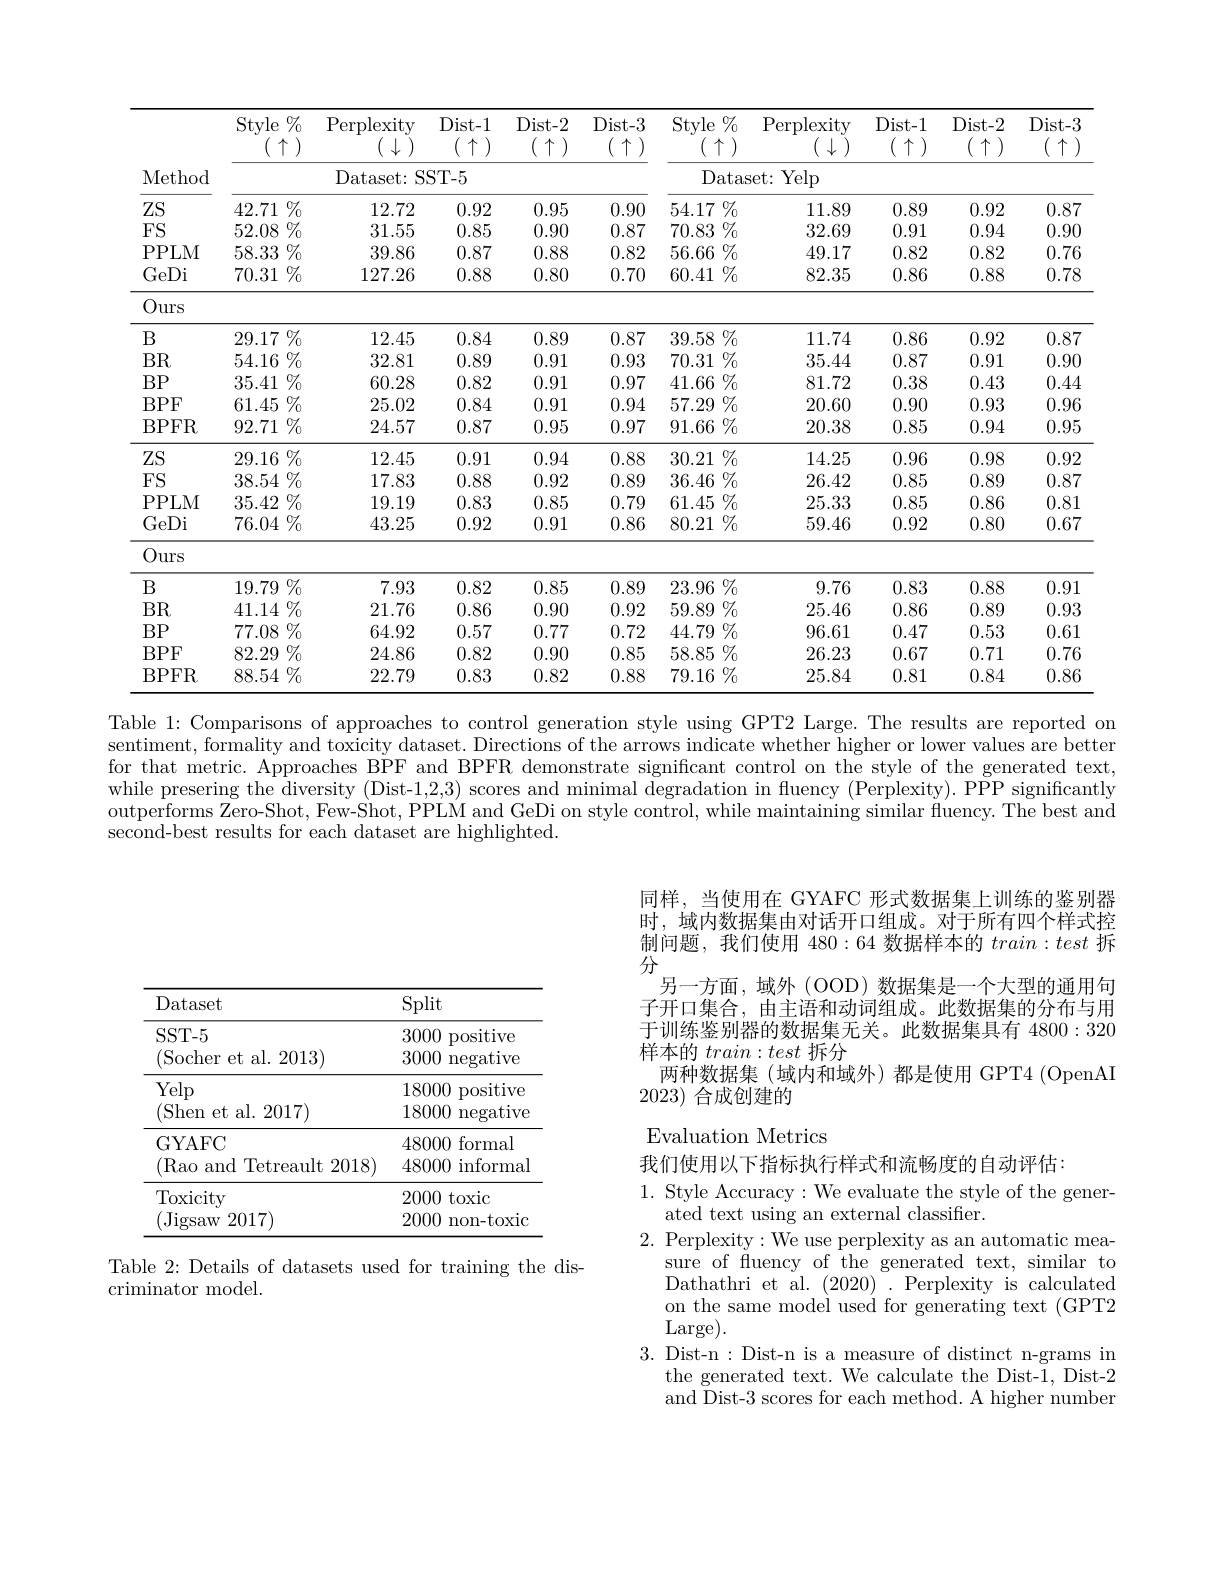
<table>
	<tbody>
		<tr>
			<th rowspan="2">Method</th>
			<th>Style $\%$ $\left(\begin{array}{c}\uparrow\\\uparrow\end{array}\right)$</th>
			<th>$\operatorname{Perplexity}$ $(\downarrow\downarrow$</th>
			<th>$Dist-1$ $(\begin{array}{c}\uparrow\end{array})$</th>
			<th>$Dist-2$ $(\begin{array}{c}\uparrow\\\end{array})$</th>
			<th>$Dist-3$ $(\begin{array}{c}\uparrow\\\end{array})$ </th>
			<th>$\operatorname{Style}\%$ $(\begin{array}{c}\uparrow\end{array})$</th>
			<th>$\operatorname{Perplexity}$ $\left(\begin{array}{c}{1}{\downarrow}\end{array}\right)$</th>
			<th>$Dist-1$ $(\begin{array}{c}\uparrow\end{array})$</th>
			<th>$Dist-2$ $\left(\begin{array}{c}\uparrow&\uparrow\\\uparrow&\uparrow\end{array}\right)$ </th>
			<th>$Dist-3$ $\uparrow$</th>
		</tr>
		<tr>
			<th> </th>
			<th>Dataset: </th>
			<th>iST- 5</th>
			<th> </th>
			<th> </th>
			<th>Datase</th>
			<th>Yelp {:}t:</th>
			<th> </th>
			<th> </th>
			<th> </th>
		</tr>
		<tr>
			<td>$ZS$</td>
			<td>$42.71\%$</td>
			<td>12.72</td>
			<td>0.92</td>
			<td>0.95</td>
			<td>0.90</td>
			<td>$54.17\%$</td>
			<td>11.89</td>
			<td>0.89</td>
			<td>0.92</td>
			<td>0.87</td>
		</tr>
		<tr>
			<td>$FS$</td>
			<td>$52.08\%$</td>
			<td>31.55</td>
			<td>0.85</td>
			<td>0.90</td>
			<td>0.87</td>
			<td>$70.83\%$</td>
			<td>32.69</td>
			<td>0.91</td>
			<td>0.94</td>
			<td>0.90</td>
		</tr>
		<tr>
			<td>PPLM</td>
			<td>58.33 $\%$</td>
			<td>39.86</td>
			<td>0.87</td>
			<td>0.88</td>
			<td>0.82</td>
			<td>$56.66\%\%$</td>
			<td>49.17</td>
			<td>0.82</td>
			<td>0.82</td>
			<td>0.76</td>
		</tr>
		<tr>
			<td>GeDi</td>
			<td>$70.31\%$</td>
			<td>127.26</td>
			<td>0.88</td>
			<td>0.80</td>
			<td>0.70</td>
			<td>60.41 $\%_0$ </td>
			<td>82.35</td>
			<td>0.86</td>
			<td>0.88</td>
			<td>0.78</td>
		</tr>
		<tr>
			<td>Ours</td>
			<td> </td>
			<td> </td>
			<td> </td>
			<td> </td>
			<td> </td>
			<td> </td>
			<td> </td>
			<td> </td>
			<td> </td>
			<td> </td>
		</tr>
		<tr>
			<td>$B$</td>
			<td>$29.17\%$</td>
			<td>12.45</td>
			<td>0.84</td>
			<td>0.89</td>
			<td>0.87</td>
			<td>$39.58\%$</td>
			<td>11.74</td>
			<td>0.86</td>
			<td>0.92</td>
			<td>0.87</td>
		</tr>
		<tr>
			<td>$BR$</td>
			<td>$54.16\%$</td>
			<td>32.81</td>
			<td>0.89</td>
			<td>0.91</td>
			<td>0.93</td>
			<td>70.31 $\%_{0}$</td>
			<td>35.44</td>
			<td>0.87</td>
			<td>0.91</td>
			<td>0.90</td>
		</tr>
		<tr>
			<td>BP</td>
			<td>$35.41\%$</td>
			<td>60.28</td>
			<td>0.82</td>
			<td>0.91</td>
			<td>0.97</td>
			<td>$41.66\%\%$</td>
			<td>81.72</td>
			<td>0.38</td>
			<td>0.43</td>
			<td>0.44</td>
		</tr>
		<tr>
			<td>$BPF$</td>
			<td>$61.45\%$</td>
			<td>25.02</td>
			<td>0.84</td>
			<td>0.91</td>
			<td>0.94</td>
			<td>$57.29\%$</td>
			<td>20.60</td>
			<td>0.90</td>
			<td>0.93</td>
			<td>0.96</td>
		</tr>
		<tr>
			<td>BPFR</td>
			<td>$92.71\%$</td>
			<td>24.57</td>
			<td>0.87</td>
			<td>0.95</td>
			<td>0.97</td>
			<td>$91.66\%$ 1</td>
			<td>20.38</td>
			<td>0.85</td>
			<td>0.94</td>
			<td>0.95</td>
		</tr>
		<tr>
			<td>$ZS$</td>
			<td>$29.16\%$</td>
			<td>12.45</td>
			<td>0.91</td>
			<td>0.94</td>
			<td>0.88</td>
			<td>$\%$ 30.21</td>
			<td>14.25</td>
			<td>0.96</td>
			<td>0.98</td>
			<td>0.92</td>
		</tr>
		<tr>
			<td>$FS$</td>
			<td>$38.54\%$</td>
			<td>17.83</td>
			<td>0.88</td>
			<td>0.92</td>
			<td>0.89</td>
			<td>$36.46\%$</td>
			<td>26.42</td>
			<td>0.85</td>
			<td>0.89</td>
			<td>0.87</td>
		</tr>
		<tr>
			<td>PPLM</td>
			<td>$35.42\%$</td>
			<td>19.19</td>
			<td>0.83</td>
			<td>0.85</td>
			<td>0.79</td>
			<td>$61.45\%$</td>
			<td>25.33</td>
			<td>0.85</td>
			<td>0.86</td>
			<td>0.81</td>
		</tr>
		<tr>
			<td>GeDi</td>
			<td>$76.04\%$</td>
			<td>43.25</td>
			<td>0.92</td>
			<td>0.91</td>
			<td>0.86</td>
			<td>80.21 $\%$</td>
			<td>59.46</td>
			<td>0.92</td>
			<td>0.80</td>
			<td>0.67</td>
		</tr>
		<tr>
			<td>Ours</td>
			<td> </td>
			<td> </td>
			<td> </td>
			<td> </td>
			<td> </td>
			<td> </td>
			<td> </td>
			<td> </td>
			<td> </td>
			<td> </td>
		</tr>
		<tr>
			<td>$B$</td>
			<td>$19.79\%$</td>
			<td>7.93</td>
			<td>0.82</td>
			<td>0.85</td>
			<td>0.89</td>
			<td>$23.96\%$</td>
			<td>9.76</td>
			<td>0.83</td>
			<td>0.88</td>
			<td>0.91</td>
		</tr>
		<tr>
			<td>$BR$</td>
			<td>$41.14\%$</td>
			<td>21.76</td>
			<td>0.86</td>
			<td>0.90</td>
			<td>0.92</td>
			<td>$59.89\%$</td>
			<td>25.46</td>
			<td>0.86</td>
			<td>0.89</td>
			<td>0.93</td>
		</tr>
		<tr>
			<td>BP</td>
			<td>$77.08\%$</td>
			<td>64.92</td>
			<td>0.57</td>
			<td>0.77</td>
			<td>0.72</td>
			<td>$44.79\%$</td>
			<td>96.61</td>
			<td>0.47</td>
			<td>0.53</td>
			<td>0.61</td>
		</tr>
		<tr>
			<td>$BPF$</td>
			<td>$82.29\%$</td>
			<td>24.86</td>
			<td>0.82</td>
			<td>0.90</td>
			<td>0.85</td>
			<td>$58.85\%$</td>
			<td>26.23</td>
			<td>0.67</td>
			<td>0.71</td>
			<td>0.76</td>
		</tr>
		<tr>
			<td>BPFR</td>
			<td>$88.54\%$</td>
			<td>22.79</td>
			<td>0.83</td>
			<td>0.82</td>
			<td>0.88</td>
			<td>$79.16\%$</td>
			<td>25.84</td>
			<td>0.81</td>
			<td>0.84</td>
			<td>0.86</td>
		</tr>
	</tbody>
</table>
Table 1: Comparisons of approaches to control generation style using GPT2 Large. The results are reported on

sentiment, formality and toxicity dataset. Directions of the arrows indicate whether higher or lower values are better for that metric. Approaches BPF and BPFR demonstrate significant control on the style of the generated text, while presering the diversity (Dist-1,2,3) scores and minimal degradation in fluency (Perplexity). PPP significantly outperforms Zero-Shot, Few-Shot, PPLM and GeDi on style control, while maintaining similar fluency. The best and $\dot{\text{second-best results for each dataset are highlighted.}}$

同样，当使用在 GYAFC 形式数据集上训练的鉴别器时，域内数据集由对话开口组成。对于所有四个样式控制问题，我们使用480：64数据样本的$train:test$拆分
另一方面，域外 (OOD) 数据集是一个大型的通用句子开口集合，由主语和动词组成。此数据集的分布与用于训练鉴别器的数据集无关。此数据集具有4800：320样本的$train:test$拆分
两种数据集 (域内和域外)都是使用 GPT4 (OpenAI
2023)合成创建的

<table>
	<tbody>
		<tr>
			<th>Dataset</th>
			<th>$\operatorname{Split}$</th>
		</tr>
		<tr>
			<td>SST- 5</td>
			<td>3000 positive</td>
		</tr>
		<tr>
			<td>(Socher et al. 2013)</td>
			<td>3000 $\operatorname{negative}$</td>
		</tr>
		<tr>
			<td>Yelp</td>
			<td>18000 positive</td>
		</tr>
		<tr>
			<td>(Shen et al. 2017)</td>
			<td>18000 $\operatorname{negative}$</td>
		</tr>
		<tr>
			<td>(Rao and Tetreault 2018)</td>
			<td>48000 informal</td>
		</tr>
		<tr>
			<td>Toxicity</td>
			<td>2000 toxic</td>
		</tr>
		<tr>
			<td>(Jigsaw 2017)</td>
			<td>2000 non- toxic</td>
		</tr>
	</tbody>
</table>

## Evaluation Metrics

Table 2: Details of datasets used for training the dis-
criminator model.

我们使用以下指标执行样式和流畅度的自动评估：
1. Style Accuracy:We evaluate the style of the gener-
ated text using an external classifier.
2. Perplexity:We use perplexity as an automatic mea-
sure of fluency of the generated text, similar to Dathathri et al. (2020). Perplexity is calculated on the same model used for generating text (GPT2 Large).
3. Dist-n : Dist-n is a measure of distinct n-grams in
the generated text. We calculate the Dist-1, Dist-2 and Dist-3 scores for each method. A higher number